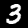
Label: 3